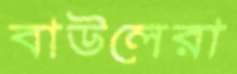
বাউলেরা